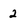
Character: 2